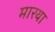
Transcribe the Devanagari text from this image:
मारया